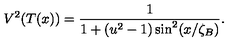
V ^ { 2 } ( T ( x ) ) = \frac { 1 } { 1 + ( u ^ { 2 } - 1 ) \sin ^ { 2 } ( x / \zeta _ { B } ) } .